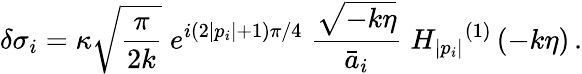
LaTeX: \delta\sigma_{i}=\kappa\sqrt{\frac{\pi}{2k}}\; e^{i(2|p_{i}|+1)\pi/4}\; \frac{\sqrt{-k\eta}}{\bar{a}_{i}}\; {H_{|p_{i}|}}^{(1)}\left(-k\eta\right)\, .